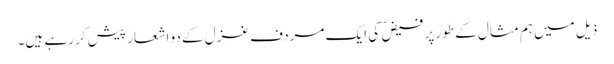
ذیل میں ہم مثال کے طور پر فیض ؔ کی ایک مردف غزل کے دو اشعار پیش کر رہے ہیں۔